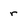
Character: r